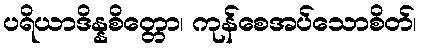
ပရိယာဒိန္နစိတ္တော၊ ကုန်စေအပ်သောစိတ်၊